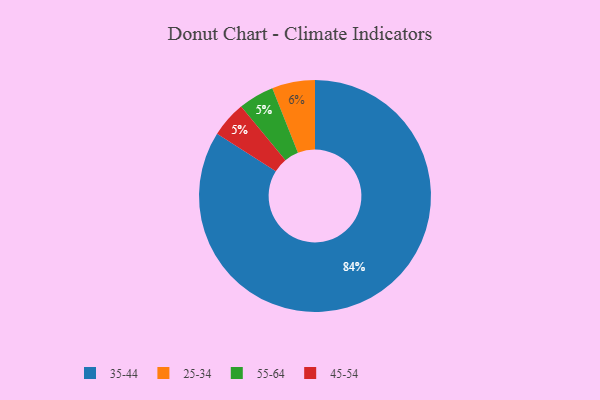
{"axis": {"x": "Category", "y": "Percentage"}, "legend": ["25-34", "35-44", "45-54", "55-64"], "data": [{"x": "55-64", "y": 5, "type": "55-64"}, {"x": "25-34", "y": 6, "type": "25-34"}, {"x": "45-54", "y": 5, "type": "45-54"}, {"x": "35-44", "y": 84, "type": "35-44"}]}